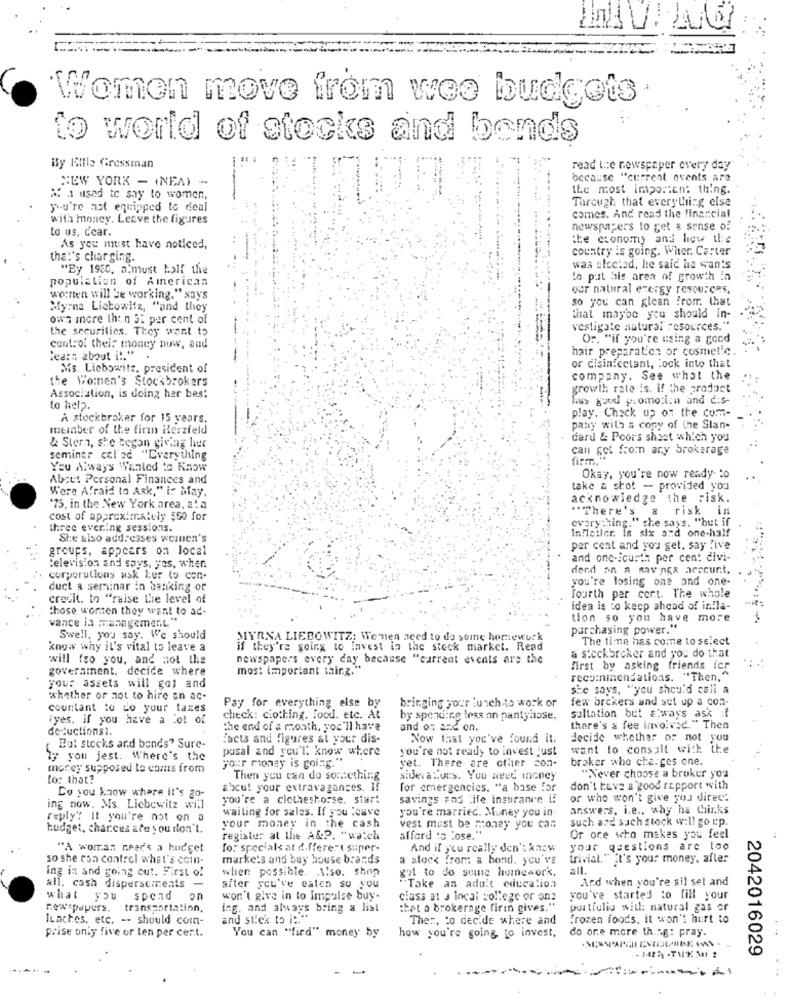
Women move from woo budgets
to world of stocks and bends
By Bille Gressman
read the newspaper every day
NEW YORK - (NEA) -
--
because "current events are
the most importen: thing.
M 1 used to say to women,
Through that everything else
you're ast equipped to deal
with money. Leave the figures
comes. And read the financial
Lo us, cear.
newspapers to get a sense of
the economy and how the
As you must have noticed,
country Is going. Wher. Carter
that's charging.
"By 1960, a'must half the
was ulcelad, he said he wan's
population of American
to put his area of growth in
our natural energy resources,
wonen will be working," says
so you can glean from. that
Myrna Listowitz, "and they
own more than 52 per cent of
that maybe you should in-
the securities. They want to
vestigate natural resources."
Or. "if you're using a good
contro. their money now, and
hair preparation or cosmetic
learn about i !. "
or disinfectant, lock into that
Sis. Liebowitz. president of
the Women's Stockbrokers
company. See what the
growth rate is. if the product
Association, is doing her bes;
liss guud p. omotica and c:s-
to help.
play. Check up on the comm-
A stockbroker for 15 years.
meinber of the firm ilerzfeld
pany with a copy of the Slan-
card & Poor's shist which you
& Stern, she began giving hier
can get from any brokerage
seminar cel'ed "Everything
fim."
You Always Wanted to Know
About Personal Finances and
Okay, you're now ready to
Were Afraid to Ask," i: May.
take a shot - provided you
acknowledge the risk.
'75, in the New York area, z! a
"There's
risk
in
cost of approximately $50 for
everything." she says. "but if
three ever!ng sessions.
Infiedler. Is six and one-half
She siso addresses women's
groups, appears on local
per cent and you get. say five
and one-icurth per cent civi-
television and says, yes, when
dend on a savings account.
corporations ask ler (o con-
you're losing one and one-
duct a seminar in banking or
credit. to "raise the level of
fourth per cert. The whole
those wonten they want to ad-
idea is to keep ahead of in!la-
vance ia management."
tion so you have more
purchasing power."
Swell, you say. Vc should
MYRNA LIEBOWITZ: Women need to do some homework
The time has come to select
know why it's vital to leave a
if they're going to lavest in the stock market. Read
a stockbroker and you do that
will tro you, and Hot the
newspapers every day because "current events are the
government, decide where
most important thing."
first by asking friends icr
recommendations. "Then,"
your assets will gol and
she says, "you should call a
whether or not to hire an ac-
bringing your lunch to work or
few brckers and set up a con-
countant to do your taxes
Pay for everything else by
iyes. if you have a Lot of
check: clothing. Food. etc. At
by spending less on pantyhose,
sultation but a ways ask if
deductions1.
the end of a month, you'll have
and on and on.
there's a fee involved." Then
facts and figures al your dis-
Now that you've found it.
decide whether or not you
But stocks and bands" Sure-
posal and you'l' know where
you're not ready to invest just
want to consult with the
ly you jest. Where's the
your money is going."
broker who charges one.
money supposed to come from
yet. There are other con-
lo: that?
Then you can do something
sideralu.s. You meet inoney
"Never choose a broker you
Do you know where it's go-
about your extravagances.
for emergencies. "a base for
don't have a good rapport with
you're a clotheshorse. start
savings and life insurance if
or who won't give you direc:
ing now. Mis. Liebewitz will
waiting for sales. If you leave
you're married. Money you in.
answers, i.e ., why he thinks
reply? It you're not on a
such are such stock will go cp.
budget, chances are you don't.
your money in the cash
vest must be money you can
register at the A&P. "watch
afford :o :ose."
Or ore who makes you feel
"A woman needs a hudget
for specials at differe: 1 su:per-
And if you really don't know
your questions are too
so she con control what's coin-
markets and buy house brands
a stock from a bond. you've
trivial." it's your money, afle:
ing in and going out. First of
when possible. Also. shop
gal to do some homework.
all.
And when you're sil sel and
all. cash dispersements -
after you've eaton so you
"Take an adult education
what you
spend on
won't give in to impulse buy-
class at a local college or onz
you've started to fill your
newspapers.
transportation,
ing. and always bring a list
:het a brokerage firm gives."
pustfulig with: natural gas or
ILactes, etc. -- should com-
and stick to it."
Ther, to decide where and
frozen foods, it won't hurt to
prise only five or ten per cert.
You can "fird" money by
do ore more thing: pray.
how you're going, to invest,
2042016029